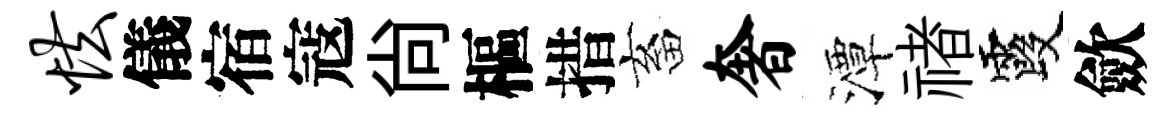
怯儀宿寇尙樞措畜奢潭禇霞歛